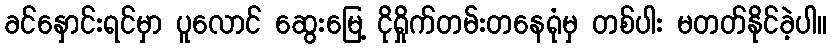
ခင်နှောင်းရင်မှာ ပူလောင် ဆွေးမြေ့ ငိုရှိုက်တမ်းတနေရုံမှ တစ်ပါး မတတ်နိုင်ခဲ့ပါ။